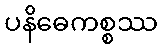
ပနိဓေကစ္စဿ